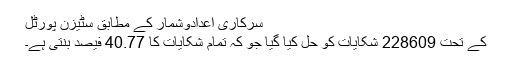
سرکاری اعدادوشمار کے مطابق سٹیزن پورٹل
کے تحت 228609 شکایات کو حل کیا گیا جو کہ تمام شکایات کا 40.77 فیصد بنتی ہے۔